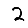
Digit: 2